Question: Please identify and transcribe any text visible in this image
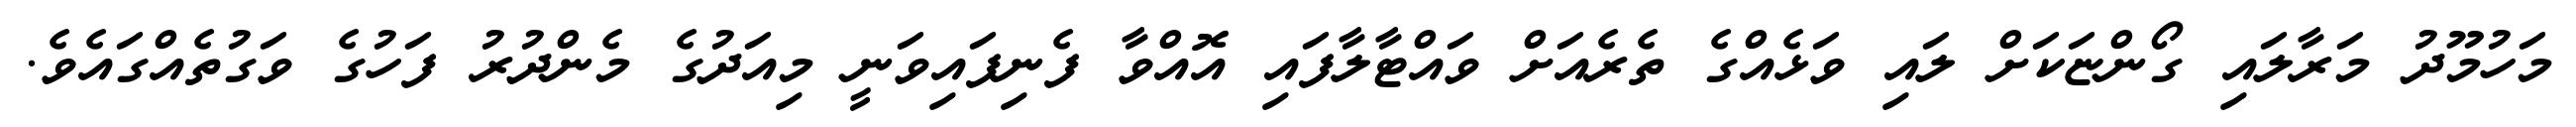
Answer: މަހުމޫދު މަރާލައި ގޯންޏަކަށް ލައި ވަޅެއްގެ ތެރެއަށް ވައްޓާލާފައި އޮއްވާ ފެނިފައިވަނީ މިއަދުގެ މެންދުރު ފަހުގެ ވަގުތެއްގައެވެ.